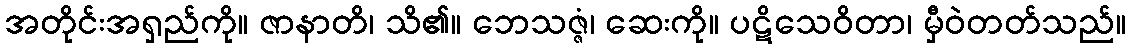
အတိုင်းအရှည်ကို။ ဇာနာတိ၊ သိ၏။ ဘေသဇ္ဇံ၊ ဆေးကို။ ပဋိသေဝိတာ၊ မှီဝဲတတ်သည်။